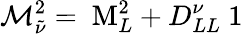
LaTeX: {\cal M}_{\tilde{\nu}}^{2}=\mathrm{\mathbf~M}_{L}^{2}+D_{LL}^{\nu}\mathrm{\mathbf~1}